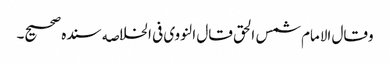
وقال الامام شمس الحق قال النووی فی الخلاصه سنده صحیح۔